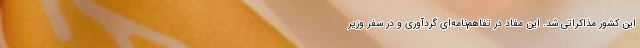
این کشور مذاکراتی شد. این مفاد در تفاهم‌نامه‌ای گردآوری و در سفر وزیر